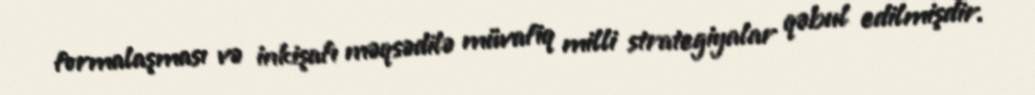
formalaşması və inkişafı məqsədilə müvafiq milli strategiyalar qəbul edilmişdir.